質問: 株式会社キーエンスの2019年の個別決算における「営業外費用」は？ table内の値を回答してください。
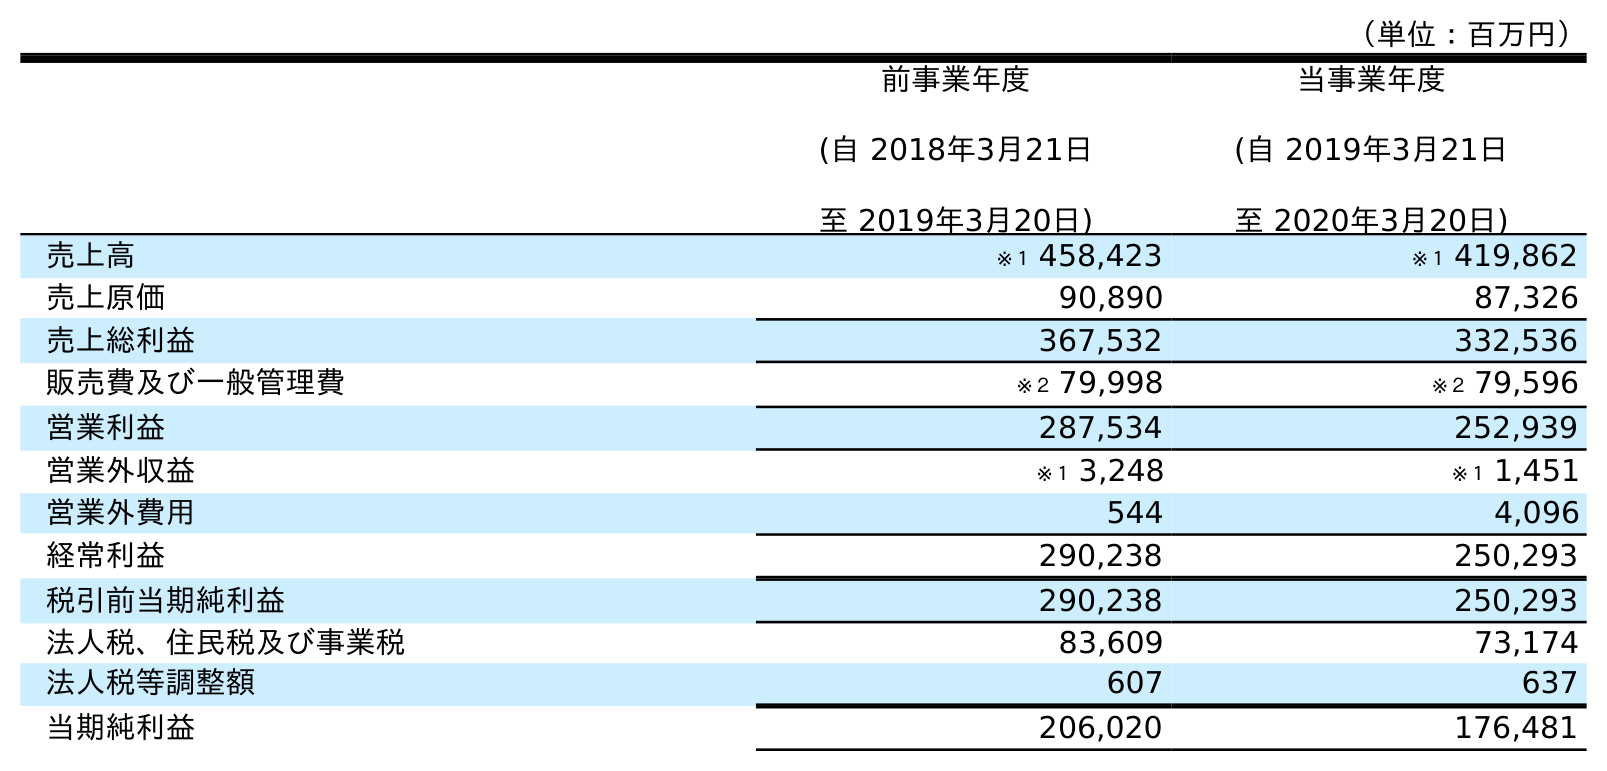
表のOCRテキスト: （単位：百万円） 前事業年度 (自 2018年3月21日 至 2019年3月20日) 当事業年度 (自 2019年3月21日 至 2020年3月20日) 売上高 ※１ 458,423 ※１ 419,862 売上原価 90,890 87,326 売上総利益 367,532 332,536 販売費及び一般管理費 ※２ 79,998 ※２ 79,596 営業利益 287,534 252,939 営業外収益 ※１ 3,248 ※１ 1,451 営業外費用 544 4,096 経常利益 290,238 250,293 税引前当期純利益 290,238 250,293 法人税、住民税及び事業税 83,609 73,174 法人税等調整額 607 637 当期純利益 206,020 176,481
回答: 544